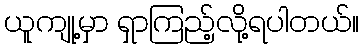
ယူကျု့မှာ ရှာကြည့်လို့ရပါတယ်။